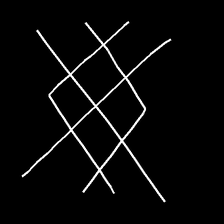
Glyph: crystal